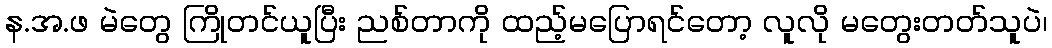
န.အ.ဖ မဲတွေ ကြိုတင်ယူပြီး ညစ်တာကို ထည့်မပြောရင်တော့ လူလို မတွေးတတ်သူပဲ၊